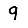
Digit: 9